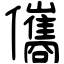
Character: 儶